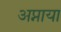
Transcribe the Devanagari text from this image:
अप्नाया